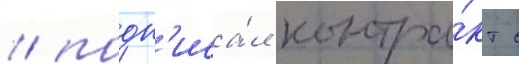
/ подп'иса́л контра́кт с